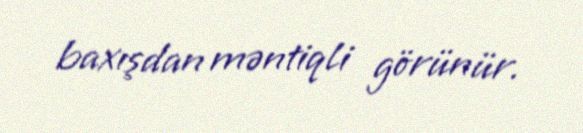
baxışdan məntiqli görünür.